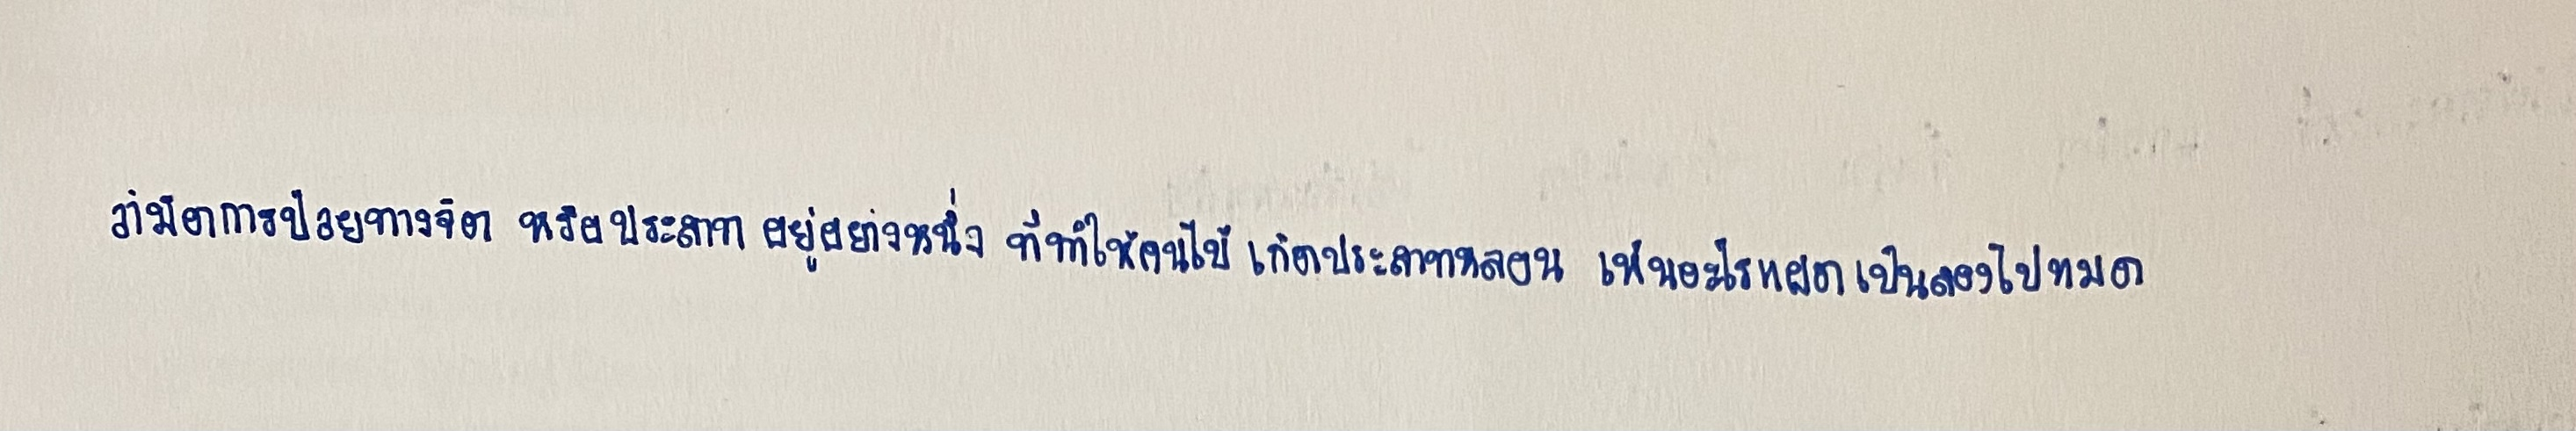
ว่ามีอาการป่วยทางจิตหรือประสาทอยู่อย่างหนึ่งที่ทำให้คนไข้เกิดประสาทหลอนเห็นอะไรแฝดเป็นสองไปหมด